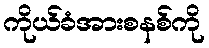
ကိုယ်ခံအားစနစ်ကို